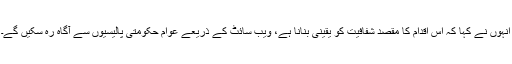
انہوں نے کہا کہ اس اقدام کا مقصد شفافیت کو یقینی بنانا ہے، ویب سائٹ کے ذریعے عوام حکومتی پالیسیوں سے آگاہ رہ سکیں گے۔